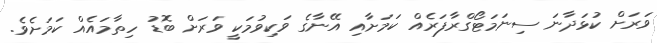
ވަރަށް ކުޅަދާނަ ސިނަމަޓޯގްރާފަރެއް ކަމަށާއި އޭނާގެ ވަކިވުމަކީ ވަރަށް ބޮޑު ހިތާމައެއް ކަމަށެވެ.